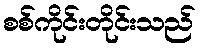
စစ်ကိုင်းတိုင်းသည်